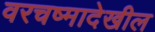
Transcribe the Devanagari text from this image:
वरचष्मादेखील